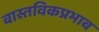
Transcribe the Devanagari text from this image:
वास्तविकप्रभाव